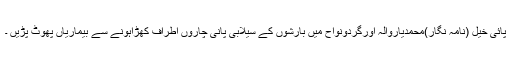
پائی خیل (نامہ نگار)محمدیاروالہ اورگردونواح میں بارشوں کے سیلابی پانی چاروں اطراف کھڑاہونے سے بیماریاں پھوٹ پڑیں ۔